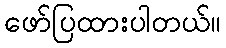
ဖော်ပြထားပါတယ်။